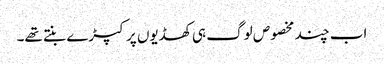
اب چند مخصوص لوگ ہی کھڈیوں پر کپڑے بنتے تھے۔